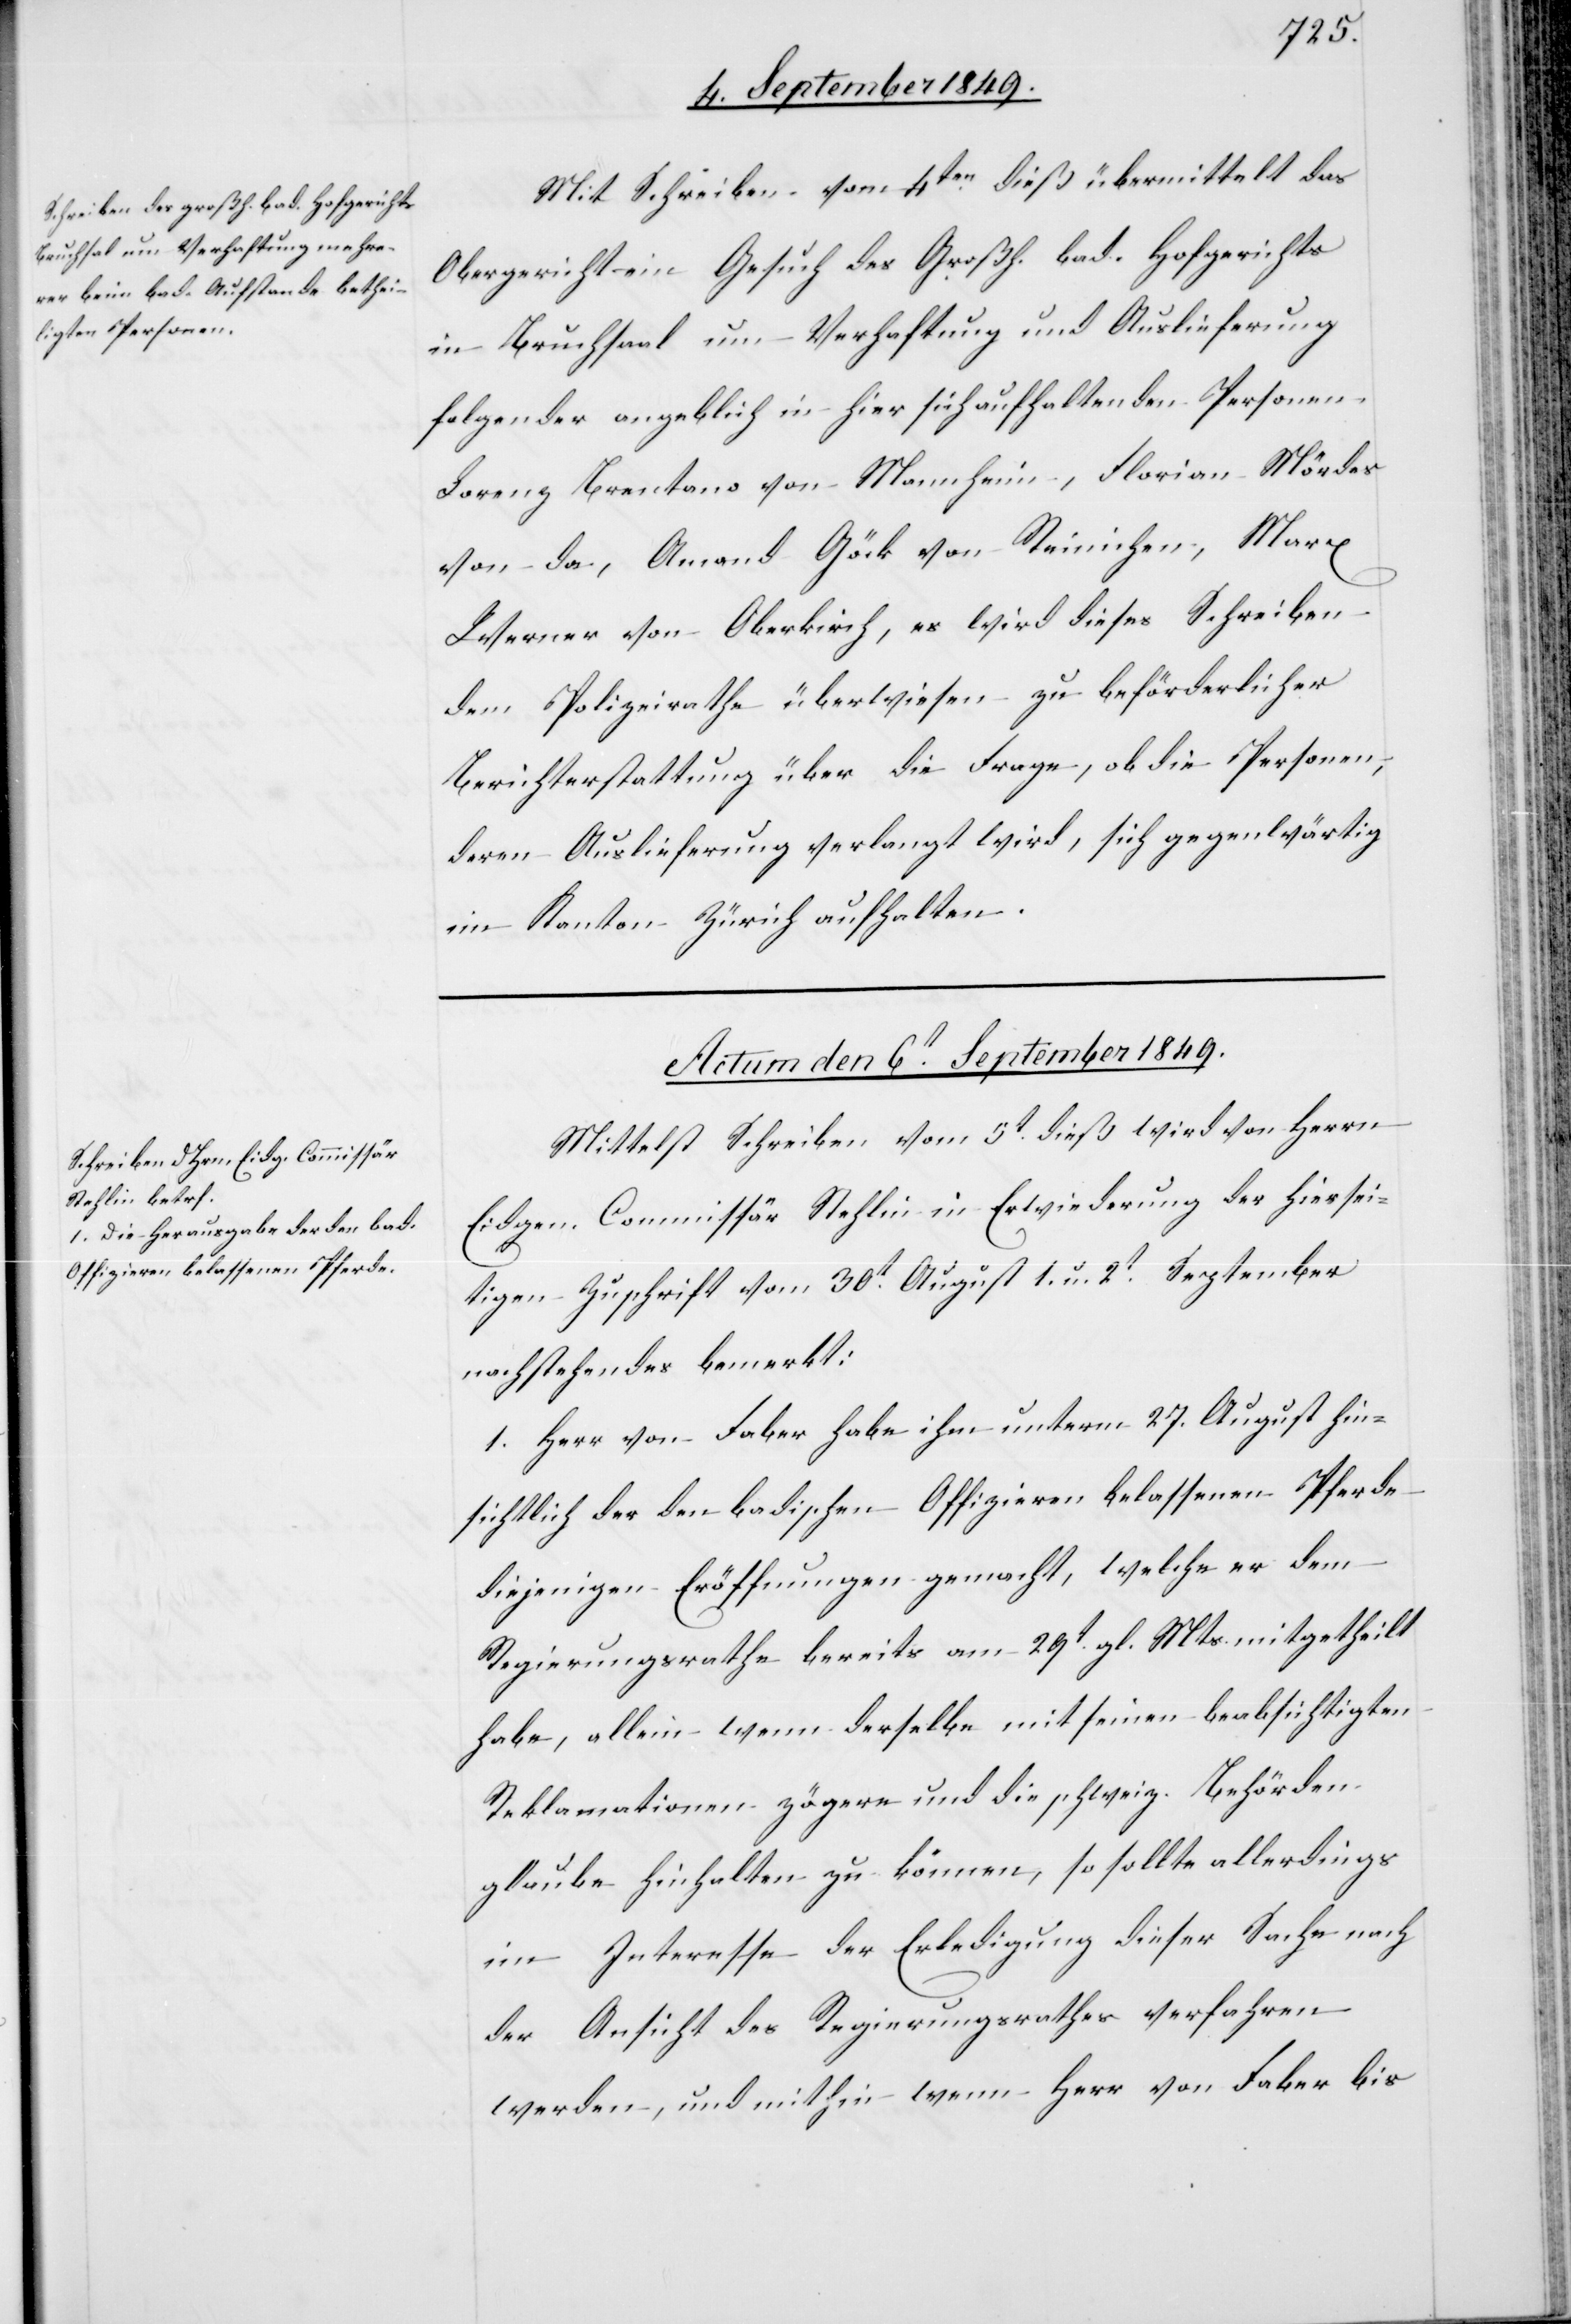
Mit Schreiben vom 4ten dieß übermittelt das
Obergericht ein Gesuch des Großh. bad. Hofgerichts
in Bruchsaal um Verhaftung und Auslieferung
folgender angeblich in hier sich aufhaltenden Personen
Lorenz Brentano von Mannheim, Florian Mördes
von da, Amand Göck von Reinischen, Marx
Werner von Oberkirch, es wird dieses Schreiben
dem Polizeirathe überwiesen zu beförderlicher
Berichterstattung über die Frage, ob die Personen,
deren Auslieferung verlangt wird, sich gegenwärtig
im Kanton Zürich aufhalten.
Actum den 6t September 1849.
Mittelst Schreiben vom 5t dieß wird von Herrn
Eidgen. Commissär Stehlin in Erwiederung der hiersei¬
tigen Zuschrift vom 30t August[,] 1. und 2t September
nachstehendes bemerkt:
1. Herr von Faber habe ihm unterm 27. August hin¬
sichtlich der den badischen Offizieren belassenen Pferde
diejenigen Eröffnungen gemacht, welche er dem
Regierungsrathe bereits am 29t gl. Mts. mitgetheilt
habe, allein wenn derselbe mit seinen beabsichtigten
Reklamationen zögere und die schweiz. Behörden
glaube hinhalten zu können, so sollte allerdings
im Interesse der Erledigung dieser Sache nach
der Ansicht des Regierungsrathes verfahren
werden, und mithin wenn Herr von Faber bis